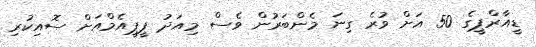
ޑީއާރްޕީގެ 50 އަށް ވުރެ ގިނަ މެންބަރުން ވެސް މިއަދު ޕީޕީއެމްއަށް ސޮއިކުރި